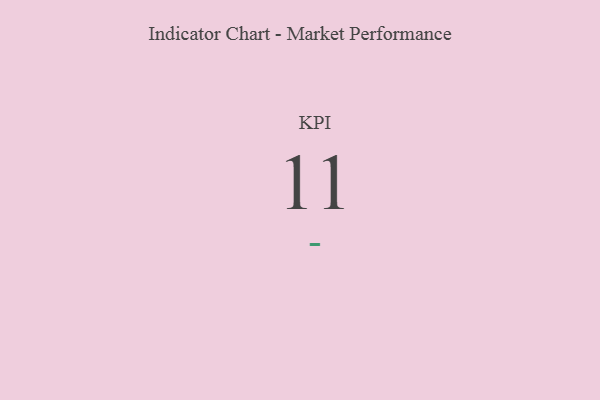
{"axis": {"x": "KPI", "y": "Value"}, "legend": [""], "data": [{"x": "KPI", "y": 11, "type": ""}]}